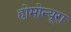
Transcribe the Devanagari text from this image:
होमोन्यूरा